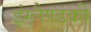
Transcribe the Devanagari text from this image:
इंग्लैण्डकी